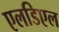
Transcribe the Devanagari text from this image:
एलडिएल